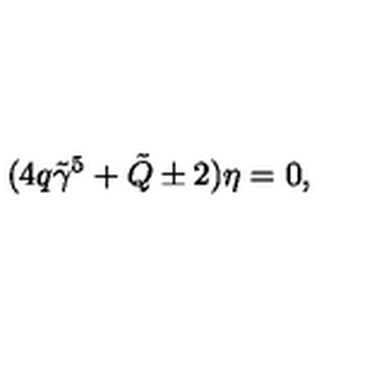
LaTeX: ( 4 q \tilde { \gamma } ^ { 5 } + \tilde { Q } \pm 2 ) \eta = 0 ,